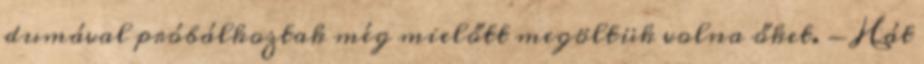
dumával próbálkoztak még mielőtt megöltük volna őket. - Hát